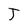
Character: J